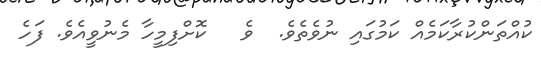
ކުއްތަންކުރާކަމެއް ކަމުގައި ނުވެތެވެ.  ވެ   ކޮށްފިމީހާ މެނުވީއެވެ. ފަހެ